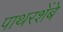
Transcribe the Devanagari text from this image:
पाथरशेंबे